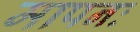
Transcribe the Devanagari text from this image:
मापनः